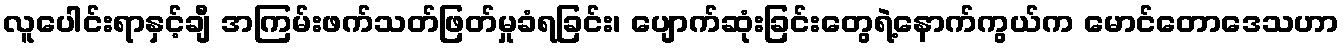
လူပေါင်းရာနှင့်ချီ အကြမ်းဖက်သတ်ဖြတ်မှုခံရခြင်း၊ ပျောက်ဆုံးခြင်းတွေရဲ့နောက်ကွယ်က မောင်တောဒေသဟာ